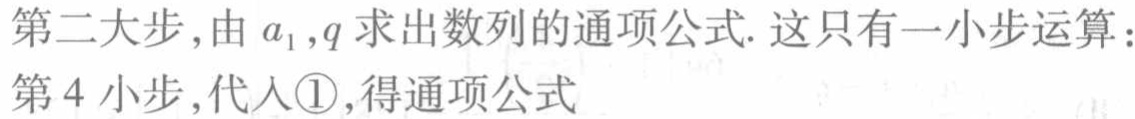
第二大步，由\(a_{1},q\)求出数列的通项公式. 这只有一小步运算：
第4小步，代入\textcircled{1}，得通项公式